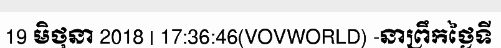
19 មិថុនា 2018 | 17:36:46(VOVWORLD) -នាព្រឹកថ្ងៃទី